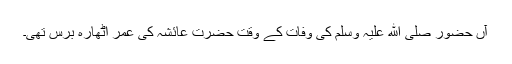
آں حضور صلی ﷲ علیہ وسلم کی وفات کے وقت حضرت عائشہ کی عمر اٹھارہ برس تھی۔